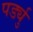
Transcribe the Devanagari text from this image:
पर्ड्यु